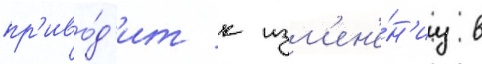
пр'иво́д'ит к изм'ен'е́н'иу в